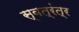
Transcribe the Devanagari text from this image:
स्वत्रंत्र